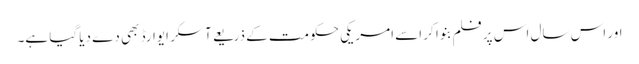
اور اس سال اس پر فلم بنوا کر اسے امریکی حکومت کے ذریعے آسکر ایوارڈ بھی دے دیا گیا ہے۔